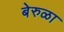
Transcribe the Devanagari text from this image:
बेरुळा